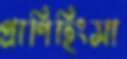
প্রাণিহিংসা